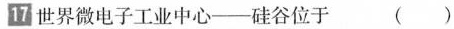
\boxed{17}世界微电子工业中心——硅谷位于 （ ）